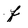
Character: f